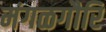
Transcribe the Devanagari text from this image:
मंगळगौरि